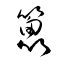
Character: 篦